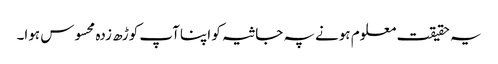
یہ حقیقت معلوم ہونے پہ جاثیہ کو اپنا آپ کوڑھ زدہ محسوس ہوا۔